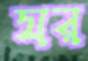
যর